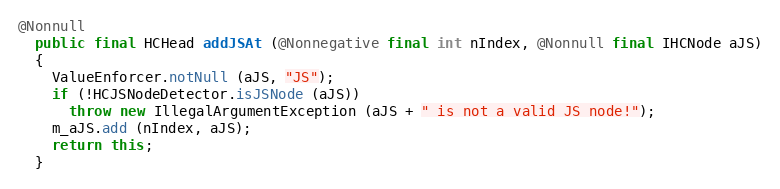
Language: Java
@Nonnull
  public final HCHead addJSAt (@Nonnegative final int nIndex, @Nonnull final IHCNode aJS)
  {
    ValueEnforcer.notNull (aJS, "JS");
    if (!HCJSNodeDetector.isJSNode (aJS))
      throw new IllegalArgumentException (aJS + " is not a valid JS node!");
    m_aJS.add (nIndex, aJS);
    return this;
  }